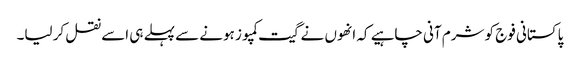
پاکستانی فوج کو شرم آنی چاہیے کہ انھوں نے گیت کمپوز ہونے سے پہلے ہی اسے نقل کر لیا۔